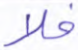
فلا